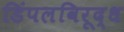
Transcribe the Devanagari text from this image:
डिंपलविरूद्ध